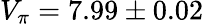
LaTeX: V_{\pi}=7.99\pm 0.02